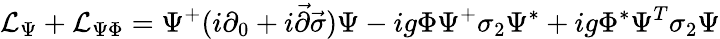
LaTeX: {\mathcal{L}}_{\Psi}+{\mathcal{L}}_{\Psi\Phi}=\Psi^{+}(i\partial_{0}+i{\vec{\partial}}{\vec{\sigma}})\Psi-ig\Phi\Psi^{+}\sigma_{2}\Psi^{*}+ig\Phi^{*}\Psi^{T}\sigma_{2}\Psi